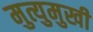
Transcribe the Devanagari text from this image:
मुत्युमुखी